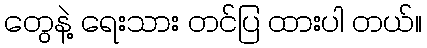
တွေနဲ့ ရေးသား တင်ပြ ထားပါ တယ်။